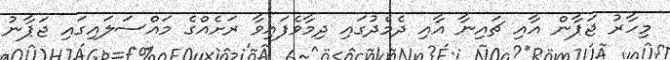
މިހާރު ޖަޕާން އާއި ޗައިނާ އާއި ދެމެދުގައި ދިމާވެފައިވާ ރަށެއްގެ މައްސަލައިގައި ޖަޕާނު